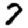
Digit: 7